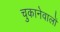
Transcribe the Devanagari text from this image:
चुकानेवालों